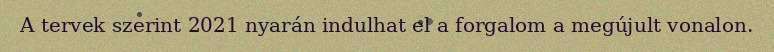
A tervek szerint 2021 nyarán indulhat el a forgalom a megújult vonalon.